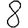
Digit: 8